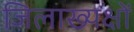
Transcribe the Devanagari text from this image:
जिलाख्यक्षों